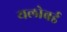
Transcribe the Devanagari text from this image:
यलोबर्ड